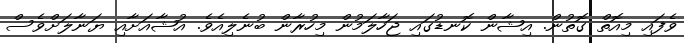
ވެފައި މިއޮތް ގޮތުން. އިޝާން ކޮނޑުގައި ޖަހާލަމުން މިހުރާން ބުނެލިއެވެ. އުޝާއަށާއި ޔަނާލަށްވެސް